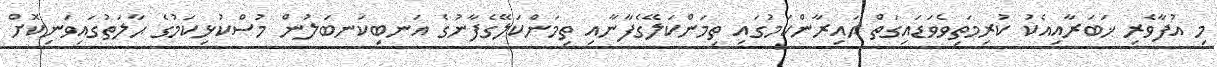
މި އުފާވެރި ޚަބަރާއިއެކު ކުރިމަތިވެވަޑައިގަތް ޙައިރާންކަމުގައި ތިމަންކަލޭގެފާނާއި ތިމަންކަލޭގެފާނުގެ އަނބިކަނބަލުން މުސްކުޅިކަމުގެ ޙާލަތުގައިވަނިކޮށް